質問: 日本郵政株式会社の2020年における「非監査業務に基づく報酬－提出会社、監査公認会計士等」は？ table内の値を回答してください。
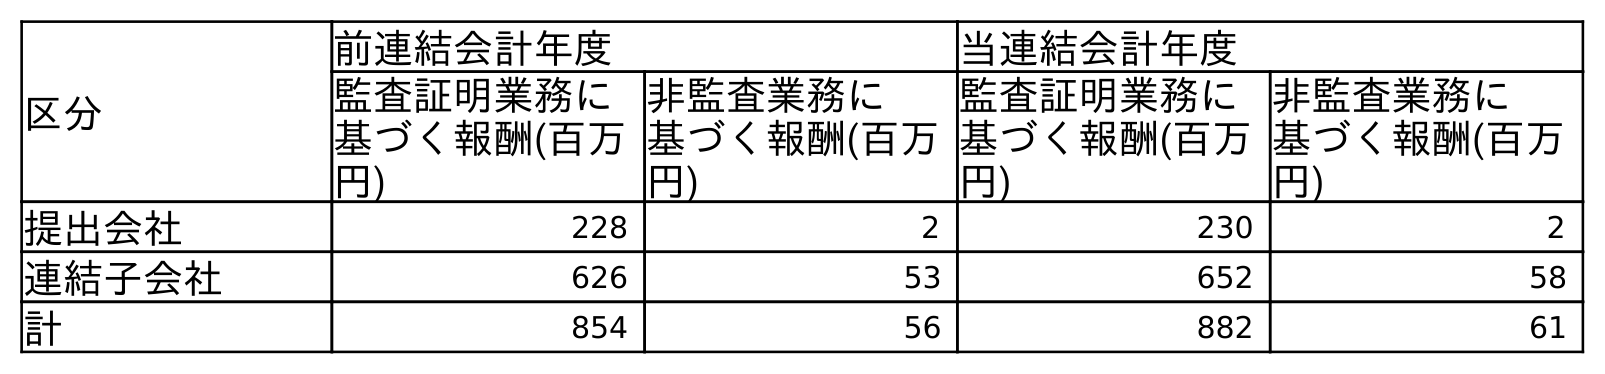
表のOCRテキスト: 区分 前連結会計年度 当連結会計年度 監査証明業務に 基づく報酬(百万 円) 非監査業務に 基づく報酬(百万 円) 監査証明業務に 基づく報酬(百万 円) 非監査業務に 基づく報酬(百万 円) 提出会社 228 2 230 2 連結子会社 626 53 652 58 計 854 56 882 61
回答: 2